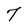
Character: 7